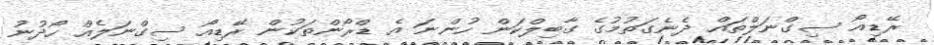
ރޭޑިއޯ ސިގްނަލްތައް ދެނެގަތުމުގެ ގާބިލްކަން ހުންނަ އެ ޑްރޯންތަކުން ރޭޑިއޯ ސިގްނަލެއް ހޯދުނު